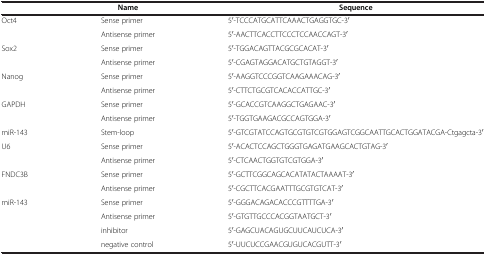
<table><thead><tr><td><b> </b></td><td><b>Name</b></td><td><b>Sequence</b></td></tr></thead><tbody><tr><td>Oct4</td><td>Sense primer</td><td>5<sup>′</sup>-TCCCATGCATTCAAACTGAGGTGC-3<sup>′</sup></td></tr><tr><td> </td><td>Antisense primer</td><td>5<sup>′</sup>-AACTTCACCTTCCCTCCAACCAGT-3<sup>′</sup></td></tr><tr><td>Sox2</td><td>Sense primer</td><td>5<sup>′</sup>-TGGACAGTTACGCGCACAT-3<sup>′</sup></td></tr><tr><td> </td><td>Antisense primer</td><td>5<sup>′</sup>-CGAGTAGGACATGCTGTAGGT-3<sup>′</sup></td></tr><tr><td>Nanog</td><td>Sense primer</td><td>5<sup>′</sup>-AAGGTCCCGGTCAAGAAACAG-3<sup>′</sup></td></tr><tr><td> </td><td>Antisense primer</td><td>5<sup>′</sup>-CTTCTGCGTCACACCATTGC-3<sup>′</sup></td></tr><tr><td>GAPDH</td><td>Sense primer</td><td>5<sup>′</sup>-GCACCGTCAAGGCTGAGAAC-3<sup>′</sup></td></tr><tr><td> </td><td>Antisense primer</td><td>5<sup>′</sup>-TGGTGAAGACGCCAGTGGA-3<sup>′</sup></td></tr><tr><td>miR-143</td><td>Stem-loop</td><td>5<sup>′</sup>-GTCGTATCCAGTGCGTGTCGTGGAGTCGGCAATTGCACTGGATACGA-Ctgagcta-3<sup>′</sup></td></tr><tr><td>U6</td><td>Sense primer</td><td>5<sup>′</sup>-ACACTCCAGCTGGGTGAGATGAAGCACTGTAG-3<sup>′</sup></td></tr><tr><td> </td><td>Antisense primer</td><td>5<sup>′</sup>-CTCAACTGGTGTCGTGGA-3<sup>′</sup></td></tr><tr><td>FNDC3B</td><td>Sense primer</td><td>5<sup>′</sup>-GCTTCGGCAGCACATATACTAAAAT-3<sup>′</sup></td></tr><tr><td> </td><td>Antisense primer</td><td>5<sup>′</sup>-CGCTTCACGAATTTGCGTGTCAT-3<sup>′</sup></td></tr><tr><td>miR-143</td><td>Sense primer</td><td>5<sup>′</sup>-GGGACAGACACCCGTTTTGA-3<sup>′</sup></td></tr><tr><td> </td><td>Antisense primer</td><td>5<sup>′</sup>-GTGTTGCCCACGGTAATGCT-3<sup>′</sup></td></tr><tr><td> </td><td>inhibitor</td><td>5<sup>′</sup>-GAGCUACAGUGCUUCAUCUCA-3<sup>′</sup></td></tr><tr><td> </td><td>negative control</td><td>5<sup>′</sup>-UUCUCCGAACGUGUCACGUTT-3<sup>′</sup></td></tr></tbody></table>